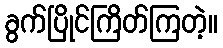
ခွက်ပြိုင်ကြိတ်ကြတဲ့။